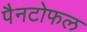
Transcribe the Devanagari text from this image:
पैनटोफल